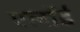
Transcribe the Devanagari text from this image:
एलॉर्ड